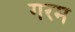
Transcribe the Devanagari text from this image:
गरम